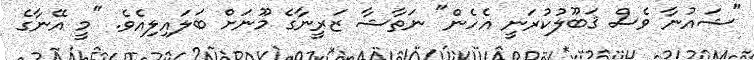
"ޝައުނާ ވެސް ޤަބޫލުކުރަނީ އެހެން" ނަތާޝާ ޒަރީނާގެ މޫނަށް ބަލައިލިއެވެ. "މީ އޭނާގެ